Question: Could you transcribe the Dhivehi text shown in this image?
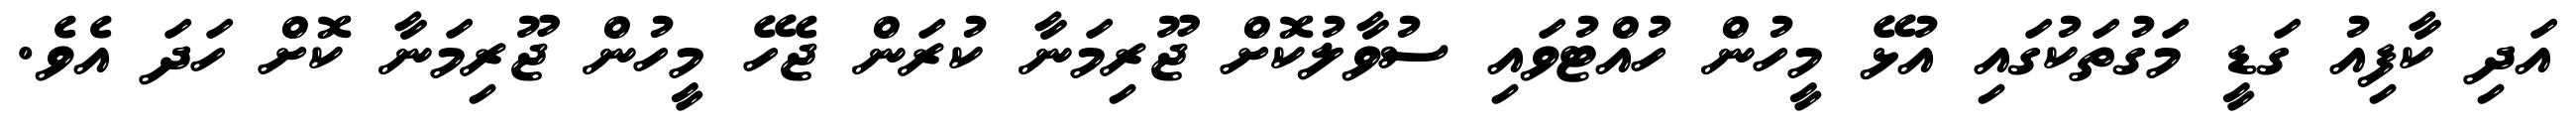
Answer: އަދި ކާފިއު ގަޑީ މަގުތަކުގައި އުޅޭ މީހުން ހުއްޓުވައި ސުވާލުކޮށް ޖޫރިމަނާ ކުރަން ޖެހޭ މީހުން ޖޫރިމަނާ ކޮށް ހަދަ އެވެ.